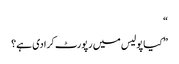
“
” کیا پولیس میں رپورٹ کرادی ہے؟